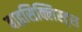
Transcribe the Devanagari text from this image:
बाइसिक्लिस्ट्स